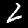
Digit: 2